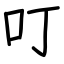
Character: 叮